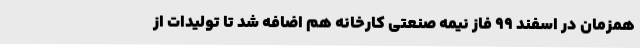
همزمان در اسفند 99 فاز نیمه صنعتی کارخانه هم اضافه شد تا تولیدات از